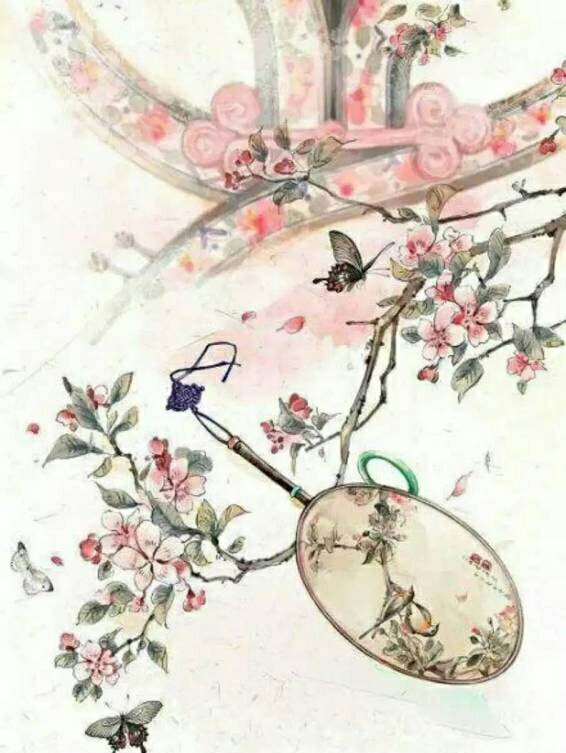
儿女此情同。往事朦胧。湘娥竹上泪痕浓。